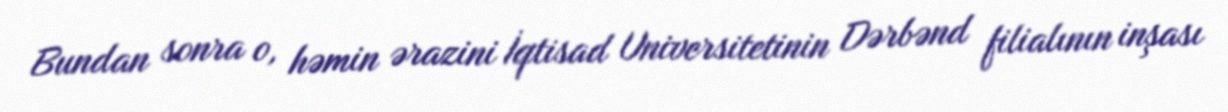
Bundan sonra o, həmin ərazini İqtisad Universitetinin Dərbənd filialının inşası